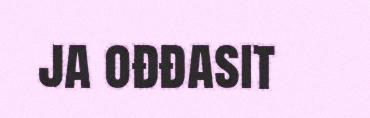
ja ođđasit